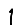
Digit: 1